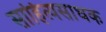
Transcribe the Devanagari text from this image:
साहित्यसाधक